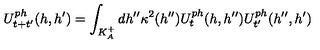
U _ { t + t ^ { \prime } } ^ { p h } ( h , h ^ { \prime } ) = \int _ { K _ { A } ^ { + } } d h ^ { \prime \prime } \kappa ^ { 2 } ( h ^ { \prime \prime } ) U _ { t } ^ { p h } ( h , h ^ { \prime \prime } ) U _ { t ^ { \prime } } ^ { p h } ( h ^ { \prime \prime } , h ^ { \prime } )